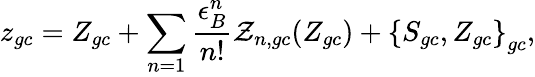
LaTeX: z_{gc}=Z_{gc}+\sum_{n=1}\frac{\epsilon_{B}^{n}}{n!}\mathcal{Z}_{n,gc}(Z_{gc})+\left\{ S_{gc},Z_{gc}\right\} _{gc},